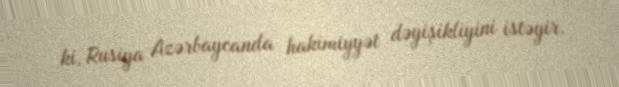
ki, Rusiya Azərbaycanda hakimiyyət dəyişikliyini istəyir.